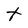
Character: t